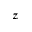
z